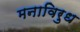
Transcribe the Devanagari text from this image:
मनाविरुध